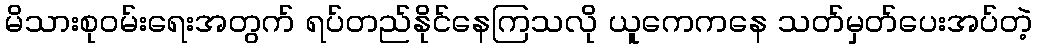
မိသားစုဝမ်းရေးအတွက် ရပ်တည်နိုင်နေကြသလို ယူကေကနေ သတ်မှတ်ပေးအပ်တဲ့